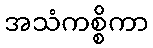
အသံကစ္စိကာ